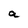
Character: a